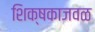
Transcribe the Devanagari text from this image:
शिक्षकाजवळ